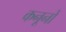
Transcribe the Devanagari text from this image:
कनूनों